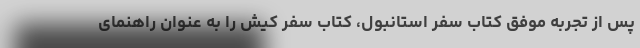
پس از تجربه موفق کتاب سفر استانبول، کتاب سفر کیش را به عنوان راهنمای